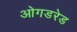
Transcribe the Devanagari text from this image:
ओगडरेड